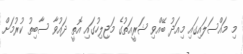
މި މައްސަލައިގައި މިއަދު ބޭއްވި ޝަރީއަތުގެ މަޖިލިހުގައި އޮތީ ދައުވާ ސާބިތު ކުރުމަށް